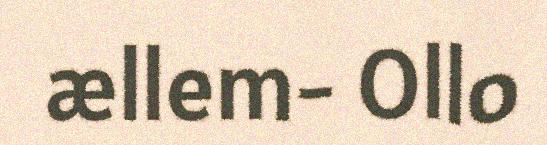
ællem- Ollo